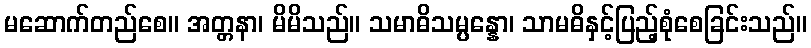
မဆောက်တည်စေ။ အတ္တနာ၊ မိမိသည်။ သမာဓိသမ္ပန္နော၊ သာမဓိနှင့်ပြည့်စုံစေခြင်းသည်။